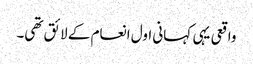
واقعی یہی کہانی اول انعام کے لائق تھی۔